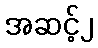
အဆင့်၂